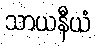
သာယနီယံ